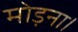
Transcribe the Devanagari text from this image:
मोड़ना।